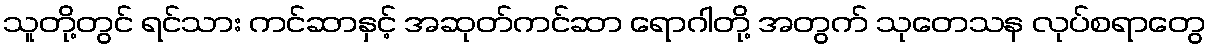
သူတို့တွင် ရင်သား ကင်ဆာနှင့် အဆုတ်ကင်ဆာ ရောဂါတို့ အတွက် သုတေသန လုပ်စရာတွေ